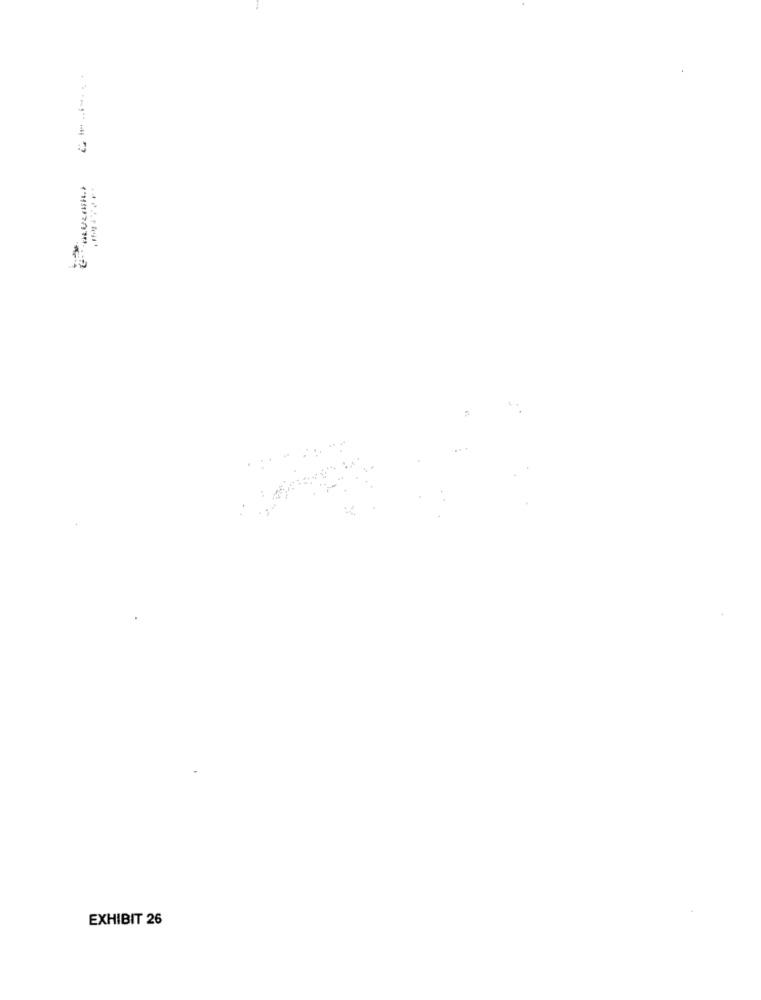
1-1111171713
EXHIBIT 26